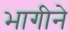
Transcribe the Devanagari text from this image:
भागीने